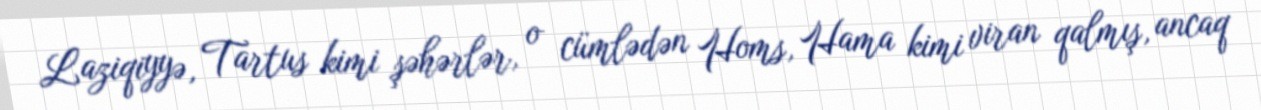
Laziqiyyə, Tartus kimi şəhərlər, o cümlədən Homs, Hama kimi viran qalmış, ancaq